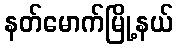
နတ်မောက်မြို့နယ်